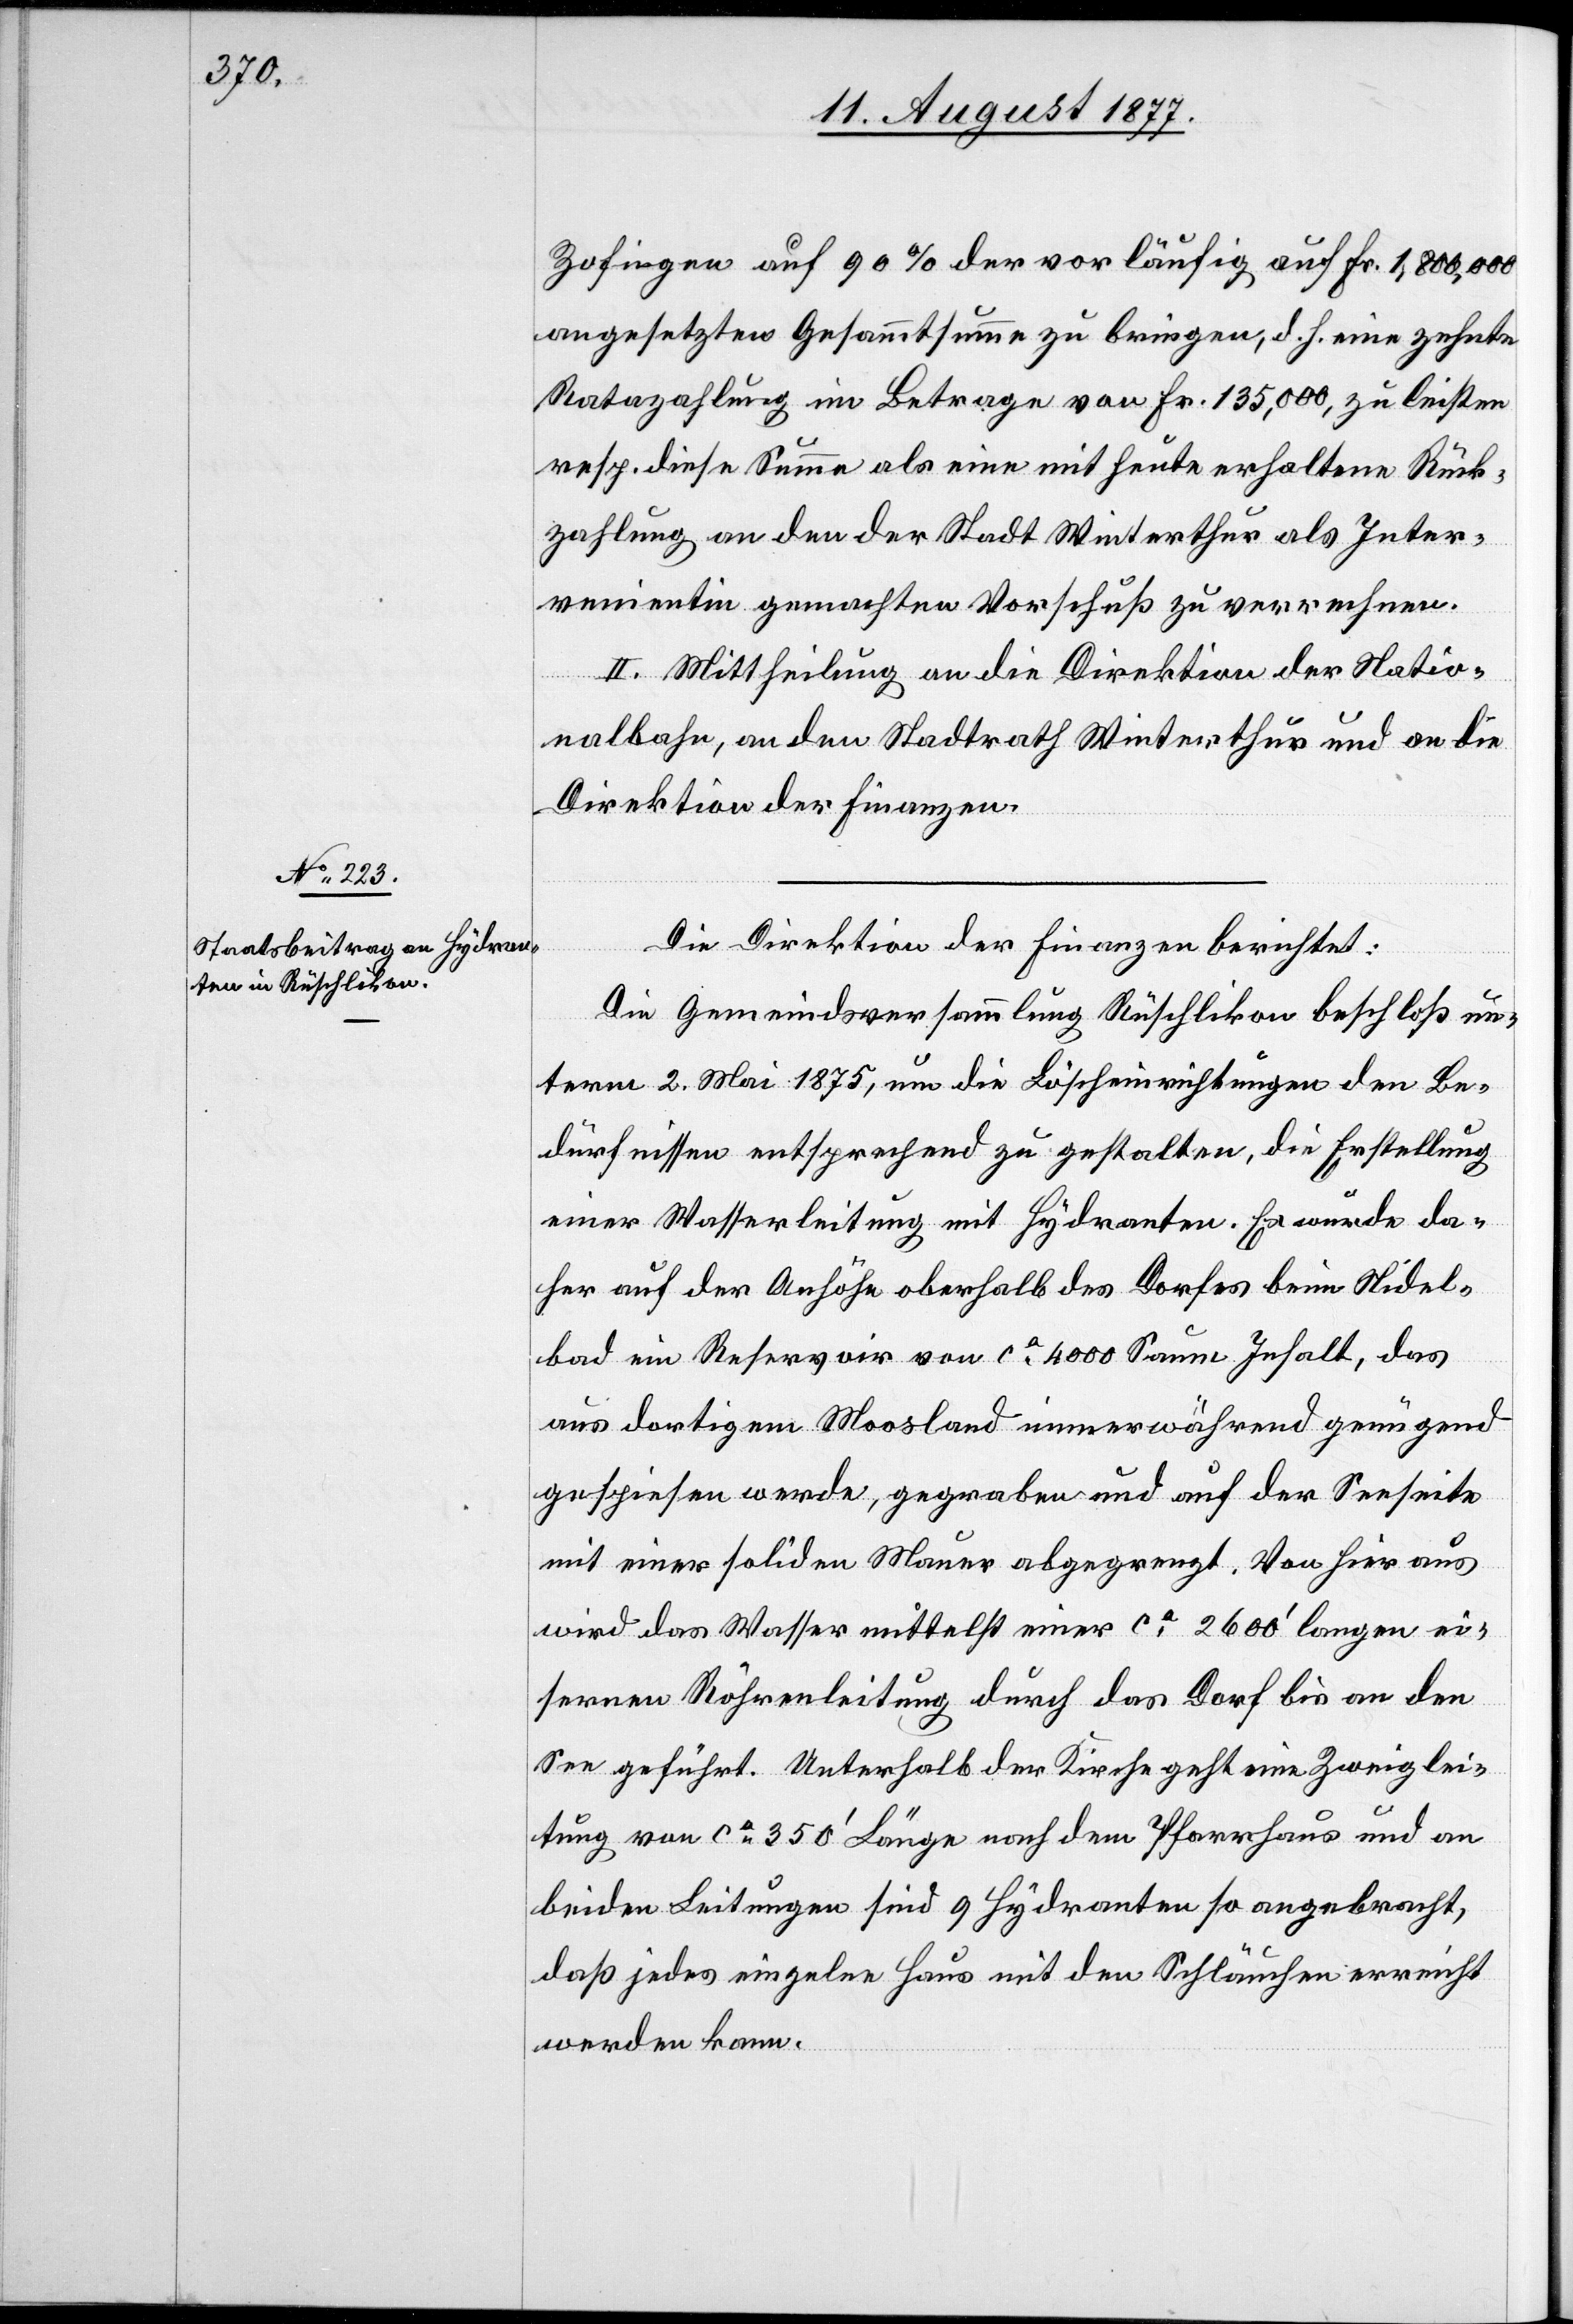
Zofingen auf 90% der vorläufig auf Fr. 1,800,000
angesetzten Gesammtsumme zu bringen, d. h. eine zehnte
Ratazahlung im Betrage von Fr. 135,000, zu leisten
resp. diese Summe als eine mit heute erhaltene Rück¬
zahlung an den der Stadt Winterthur als Inter¬
venientin gemachten Vorschuß zu verrechnen.
II. Mittheilung an die Direktion der Natio¬
nalbahn, an den Stadtrath Winterthur und an die
Direktion der Finanzen.
Die Direktion der Finanzen berichtet:
Die Gemeindsversammlung Rüschlikon beschloß un¬
term 2. Mai 1875, um die Löscheinrichtungen den Be¬
dürfnissen entsprechend zu gestalten, die Erstellung
einer Wasserleitung mit Hydranten. Es würde da¬
her auf der Anhöhe oberhalb des Dorfes beim Nidel¬
bad ein Reservoir von ca 4000 Saum Inhalt, das
aus dortigem Moosland immerwährend genügend
gespiesen werde, gegraben und auf der Seeseite
mit einer soliden Mauer abgegrenzt. Von hier aus
wird das Wasser mittelst einer ca 2600‘ langen ei¬
sernen Röhrenleitung durch das Dorf bis an den
See geführt. Unterhalb der Kirche geht eine Zweiglei¬
tung von ca 350‘ Länge nach dem Pfarrhaus und an
beiden Leitungen sind 9 Hydranten so angebracht,
daß jedes einzelne Haus mit den Schläuchen erreicht
werden kann.